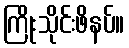
ကြိုးသိုင်းဖိနပ်။